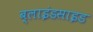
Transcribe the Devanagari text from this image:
ब्लाइंडसाइड